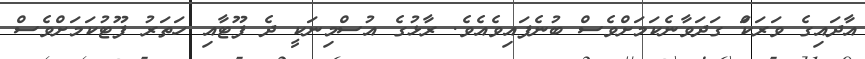
އާދައިގެ ވަރަކަް ގަދަވާނެކަމަށްވެސް ބުނެފައިވެއެވެ. ރާޅުގެ އުސްމިނަކީ ދެ ފޫޓާއި ހަތަރު ފޫޓުކަމަށްވެސް